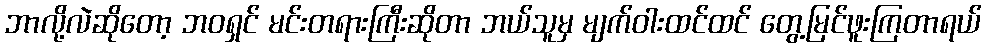
ဘာလို့လဲဆိုတော့ ဘဝရှင် မင်းတရားကြီးဆိုတာ ဘယ်သူမှ မျက်ဝါးထင်ထင် တွေ့မြင်ဖူးကြတာရယ်